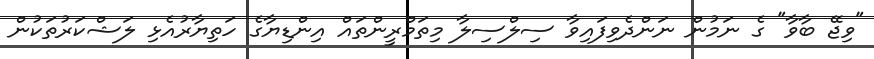
"ވިޖޭ ބާވާ" ގެ ނަމުން ނަންދެވިފައިވާ ސިލްސިލާ މިތަމްރީންތައް އިންޑިޔާގެ ހަތިޔާރުއެޅި ލަޝްކަރުތަކުން